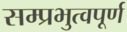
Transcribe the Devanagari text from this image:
सम्प्रभुत्वपूर्ण